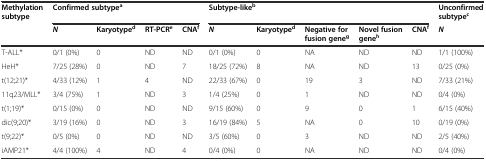
<table><thead><tr><td rowspan="2"><b>Methylation subtype</b></td><td colspan="4"><b>Confirmed subtype<sup>a</sup></b></td><td colspan="5"><b>Subtype-like<sup>b</sup></b></td><td><b>Unconfirmed subtype<sup>c</sup></b></td></tr><tr><td><b><i>N</i></b></td><td><b>Karyotype<sup>d</sup></b></td><td><b>RT-PCR<sup>e</sup></b></td><td><b>CNA<sup>f</sup></b></td><td><b><i>N</i></b></td><td><b>Karyotype<sup>d</sup></b></td><td><b>Negative for fusion gene<sup>g</sup></b></td><td><b>Novel fusion gene<sup>h</sup></b></td><td><b>CNA<sup>f</sup></b></td><td><b><i>N</i></b></td></tr></thead><tbody><tr><td>T-ALL*</td><td>0/1 (0%)</td><td>0</td><td>ND</td><td>ND</td><td>0/1 (0%)</td><td>0</td><td>NA</td><td>ND</td><td>ND</td><td>1/1 (100%)</td></tr><tr><td>HeH*</td><td>7/25 (28%)</td><td>0</td><td>ND</td><td>7</td><td>18/25 (72%)</td><td>8</td><td>NA</td><td>ND</td><td>13</td><td>0/25 (0%)</td></tr><tr><td>t(12;21)*</td><td>4/33 (12%)</td><td>1</td><td>4</td><td>ND</td><td>22/33 (67%)</td><td>0</td><td>19</td><td>3</td><td>ND</td><td>7/33 (21%)</td></tr><tr><td>11q23/MLL*</td><td>3/4 (75%)</td><td>1</td><td>ND</td><td>3</td><td>1/4 (25%)</td><td>0</td><td>1</td><td>ND</td><td>ND</td><td>0/4 (0%)</td></tr><tr><td>t(1;19)*</td><td>0/15 (0%)</td><td>0</td><td>ND</td><td>ND</td><td>9/15 (60%)</td><td>0</td><td>9</td><td>0</td><td>1</td><td>6/15 (40%)</td></tr><tr><td>dic(9;20)*</td><td>3/19 (16%)</td><td>0</td><td>ND</td><td>3</td><td>16/19 (84%)</td><td>5</td><td>NA</td><td>0</td><td>10</td><td>0/19 (0%)</td></tr><tr><td>t(9;22)*</td><td>0/5 (0%)</td><td>0</td><td>ND</td><td>ND</td><td>3/5 (60%)</td><td>0</td><td>3</td><td>ND</td><td>ND</td><td>2/5 (40%)</td></tr><tr><td>iAMP21*</td><td>4/4 (100%)</td><td>4</td><td>ND</td><td>4</td><td>0/4 (0%)</td><td>0</td><td>NA</td><td>ND</td><td>ND</td><td>0/4 (0%)</td></tr></tbody></table>